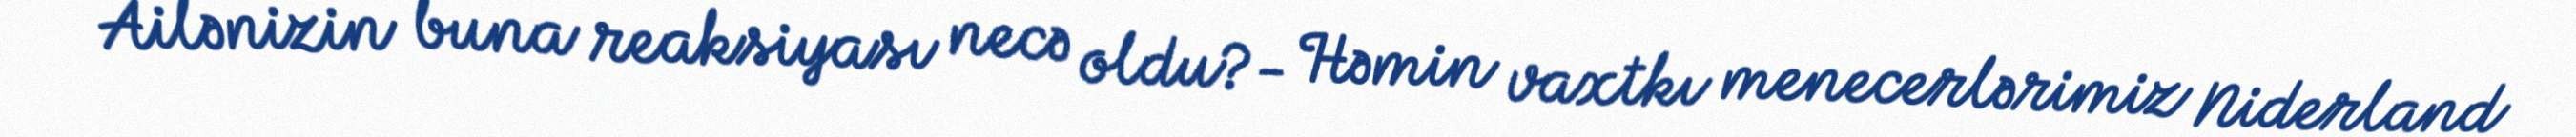
- Ailənizin buna reaksiyası necə oldu?- Həmin vaxtkı menecerlərimiz Niderland